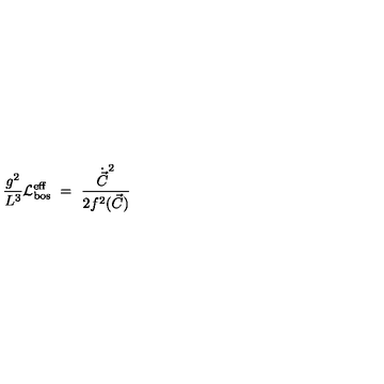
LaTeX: \frac { g ^ { 2 } } { L ^ { 3 } } { \cal L } _ { \mathrm { b o s } } ^ { \mathrm { e f f } } \ = \ \frac { \dot { \vec { C } } ^ { 2 } } { 2 f ^ { 2 } ( \vec { C } ) } \,